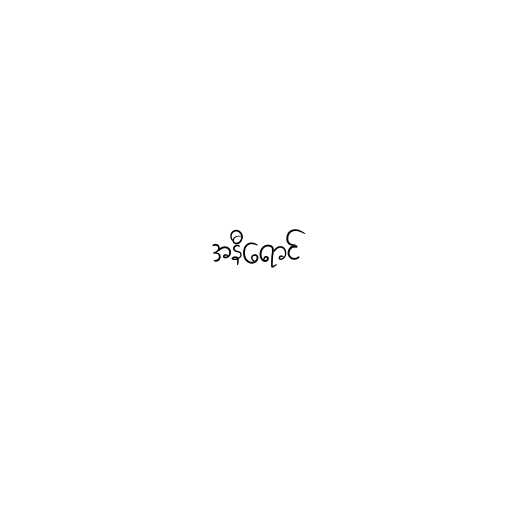
အနီရောင်